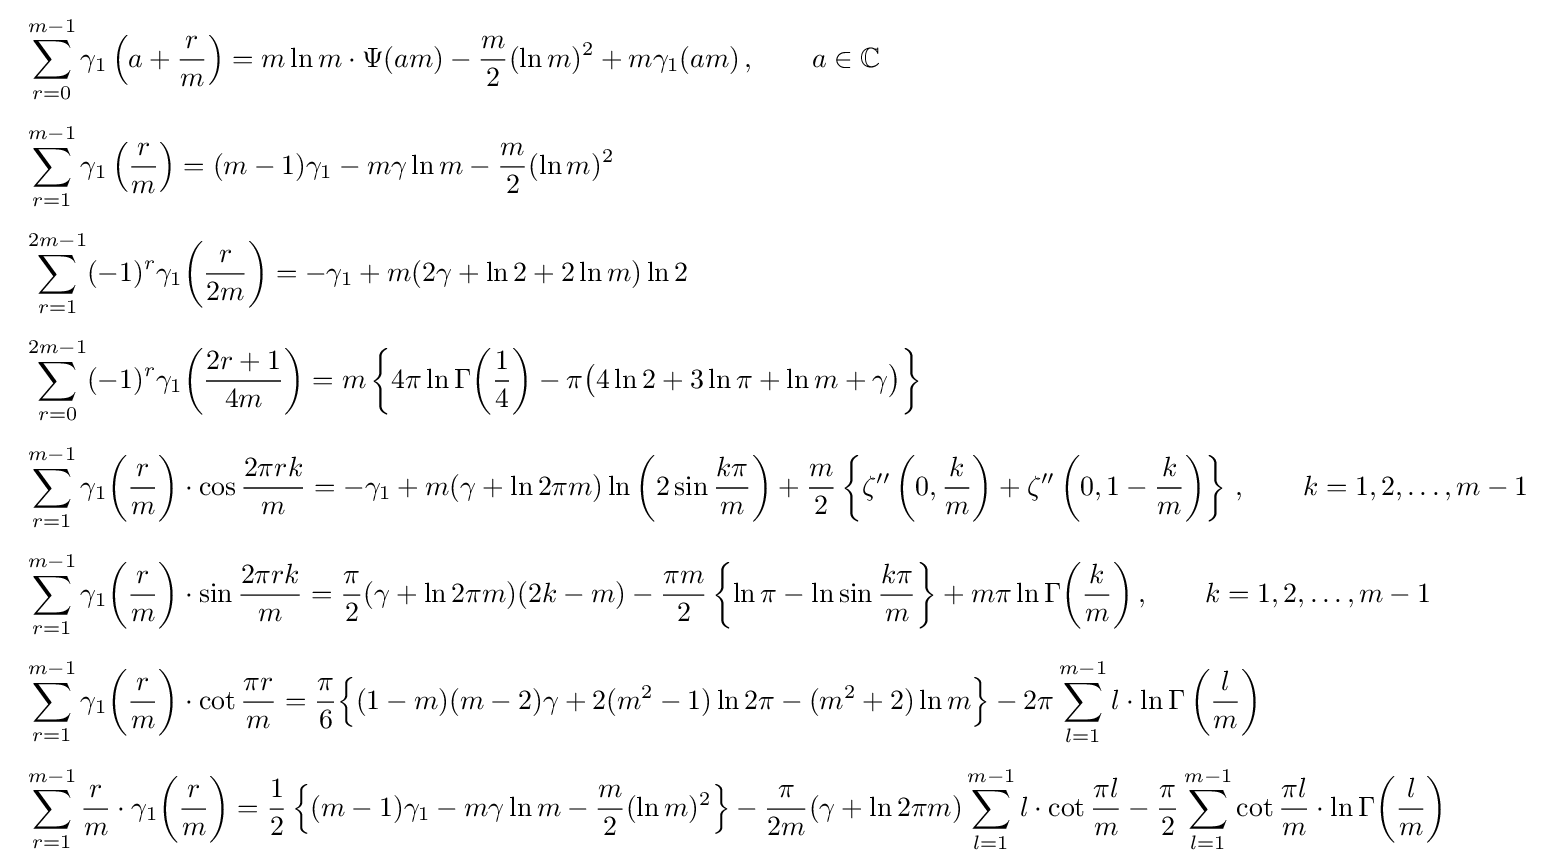
{\begin{array}{ll}\displaystyle \sum _{r=0}^{m-1}\gamma _{1}\left(a+{\frac {r}{m}}\right)=m\ln {m}\cdot \Psi (am)-{\frac {m}{2}}(\ln m)^{2}+m\gamma _{1}(am)\,,\qquad a\in \mathbb {C} \\[6mm]\displaystyle \sum _{r=1}^{m-1}\gamma _{1}\left({\frac {r}{m}}\right)=(m-1)\gamma _{1}-m\gamma \ln {m}-{\frac {m}{2}}(\ln m)^{2}\\[6mm]\displaystyle \sum _{r=1}^{2m-1}(-1)^{r}\gamma _{1}{\biggl (}{\frac {r}{2m}}{\biggr )}=-\gamma _{1}+m(2\gamma +\ln 2+2\ln m)\ln 2\\[6mm]\displaystyle \sum _{r=0}^{2m-1}(-1)^{r}\gamma _{1}{\biggl (}{\frac {2r+1}{4m}}{\biggr )}=m\left\{4\pi \ln \Gamma {\biggl (}{\frac {1}{4}}{\biggr )}-\pi {\big (}4\ln 2+3\ln \pi +\ln m+\gamma {\big )}\right\}\\[6mm]\displaystyle \sum _{r=1}^{m-1}\gamma _{1}{\biggl (}{\frac {r}{m}}{\biggr )}\cdot \cos {\dfrac {2\pi rk}{m}}=-\gamma _{1}+m(\gamma +\ln 2\pi m)\ln \left(2\sin {\frac {k\pi }{m}}\right)+{\frac {m}{2}}\left\{\zeta ''\left(0,{\frac {k}{m}}\right)+\zeta ''\left(0,1-{\frac {k}{m}}\right)\right\}\,,\qquad k=1,2,\ldots ,m-1\\[6mm]\displaystyle \sum _{r=1}^{m-1}\gamma _{1}{\biggl (}{\frac {r}{m}}{\biggr )}\cdot \sin {\dfrac {2\pi rk}{m}}={\frac {\pi }{2}}(\gamma +\ln 2\pi m)(2k-m)-{\frac {\pi m}{2}}\left\{\ln \pi -\ln \sin {\frac {k\pi }{m}}\right\}+m\pi \ln \Gamma {\biggl (}{\frac {k}{m}}{\biggr )}\,,\qquad k=1,2,\ldots ,m-1\\[6mm]\displaystyle \sum _{r=1}^{m-1}\gamma _{1}{\biggl (}{\frac {r}{m}}{\biggr )}\cdot \cot {\frac {\pi r}{m}}=\displaystyle {\frac {\pi }{6}}{\Big \{}(1-m)(m-2)\gamma +2(m^{2}-1)\ln 2\pi -(m^{2}+2)\ln {m}{\Big \}}-2\pi \sum _{l=1}^{m-1}l\cdot \ln \Gamma \left({\frac {l}{m}}\right)\\[6mm]\displaystyle \sum _{r=1}^{m-1}{\frac {r}{m}}\cdot \gamma _{1}{\biggl (}{\frac {r}{m}}{\biggr )}={\frac {1}{2}}\left\{(m-1)\gamma _{1}-m\gamma \ln {m}-{\frac {m}{2}}(\ln m)^{2}\right\}-{\frac {\pi }{2m}}(\gamma +\ln 2\pi m)\sum _{l=1}^{m-1}l\cdot \cot {\frac {\pi l}{m}}-{\frac {\pi }{2}}\sum _{l=1}^{m-1}\cot {\frac {\pi l}{m}}\cdot \ln \Gamma {\biggl (}{\frac {l}{m}}{\biggr )}\end{array}}